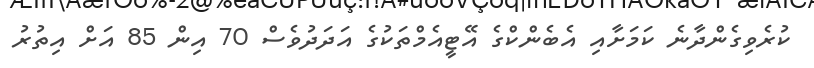
ކުރެވިގެންދާނެ ކަމަށާއި އެބެންކްގެ އޭޓީއެމްތަކުގެ އަދަދުވެސް 70 އިން 85 އަށް އިތުރު